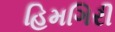
હિમગિરી